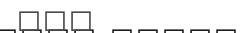
١٥٠